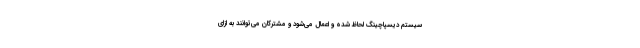
سیستم دیسپاچینگ لحاظ شده و اعمال می‌شود و مشترکان می‌توانند به ازای